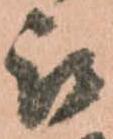
被